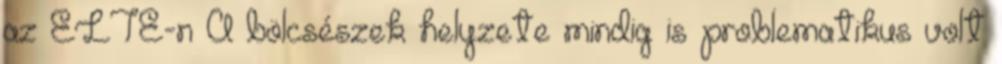
az ELTE-n A bölcsészek helyzete mindig is problematikus volt